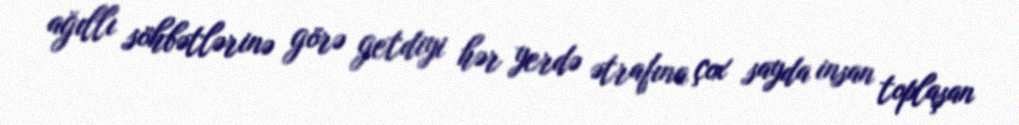
ağıllı söhbətlərinə görə getdiyi hər yerdə ətrafına çox sayda insan toplaşan